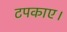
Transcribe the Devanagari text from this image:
टपकाए।